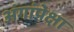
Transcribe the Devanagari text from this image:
अंगांपेक्षा